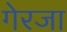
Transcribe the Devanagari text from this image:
गेरजा